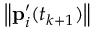
\left\| \mathbf { p } _ { i } ^ { \prime } ( t _ { k + 1 } ) \right\|